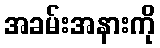
အခမ်းအနားကို